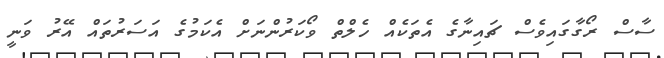
ސާސް ރޯގާގައިވެސް ޗައިނާގެ އެތަކެއް ހެލްތް ވޯކަރުންނަށް އެކަމުގެ އަސަރުތައް އޭރު ވަނީ